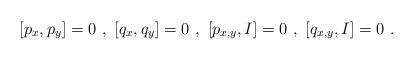
LaTeX: \begin{align*} [p_x, p_y]=0\ ,\ [q_x, q_y]=0\ ,\ [p_{x,y}, I]=0\ ,\ [q_{x,y}, I]=0\ .\end{align*}